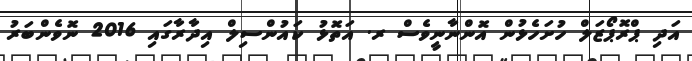
އަދި ޕްރޮޕޯޒަލް ހުށަހެޅުން އޮންނާނީވެސް ރ. އަތޮޅު ކައުންސިލް އިދާރާގައި 2016 ނޮވެންބަރު